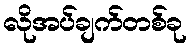
လိုအပ်ချက်တစ်ခု